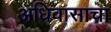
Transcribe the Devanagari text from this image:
अधिवासाचा